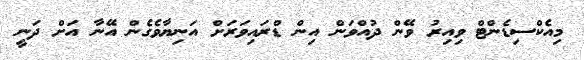
މިއެކްސިޑެންޓް ވިއިރު ވޭން ދުއްވަން އިން ޑްރައިވަރަށް އަނިޔާވެގެން އޭނާ އަށް ދަނީ